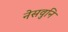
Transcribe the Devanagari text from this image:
नेसवुनि